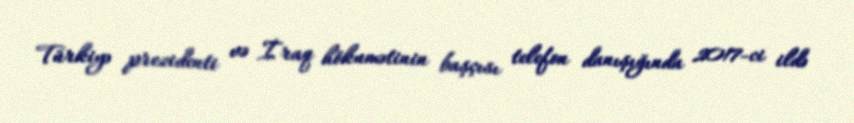
Türkiyə prezidenti və İraq hökumətinin başçısı telefon danışığında 2017-ci ildə